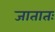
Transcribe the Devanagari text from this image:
जातातः